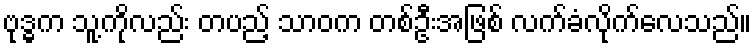
ဗုဒ္ဓက သူ့ကိုလည်း တပည့် သာဝက တစ်ဦးအဖြစ် လက်ခံလိုက်လေသည်။